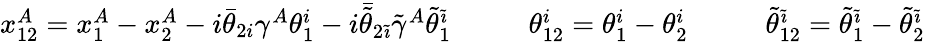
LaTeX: \begin{array}{ccc}{{x_{12}^{A}=x_{1}^{A}-x_{2}^{A}-i\bar{\theta}_{2i}\gamma^{A}\theta_{1}^{i}-i\bar{\tilde{\theta}}_{2\tilde{\imath}}\tilde{\gamma}^{A}\tilde{\theta}_{1}^{\tilde{\imath}}~~~~}}&{{~~~\theta_{12}^{i}=\theta_{1}^{i}-\theta_{2}^{i}~~~~}}&{{~~~\tilde{\theta}_{12}^{\tilde{\imath}}=\tilde{\theta}_{1}^{\tilde{\imath}}-\tilde{\theta}_{2}^{\tilde{\imath}}}}\end{array}